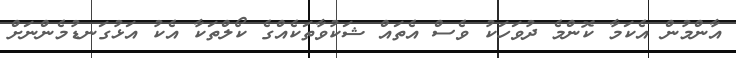
އާންމުން އެކަމާ ކޮންމެ ދުވަހަކު ވެސް އެތައް ޝަކުވާތަކެއްގެ ކޯލްތަކާ އެކު އަޅުގަނޑުމެންނަށް